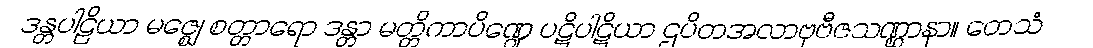
ဒန္တပါဠိယာ မဇ္ဈေ စတ္တာရော ဒန္တာ မတ္တိကာပိဏ္ဍေ ပဋိပါဋိယာ ဌပိတအလာဗုဗီဇသဏ္ဌာနာ။ တေသံ